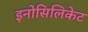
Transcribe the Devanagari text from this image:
इनोसिलिकेट